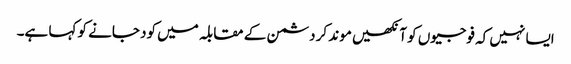
ایسا نہیں کہ فوجیوں کو آنکھیں موند کر دشمن کے مقابلہ میں کود جانے کو کہا ہے۔